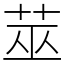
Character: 莁